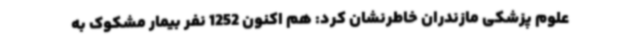
علوم پزشکی مازندران خاطرنشان کرد: هم اکنون 1252 نفر بیمار مشکوک به